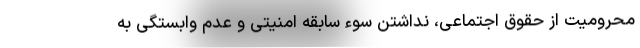
محرومیت از حقوق اجتماعی، نداشتن سوء سابقه امنیتی و عدم وابستگی به